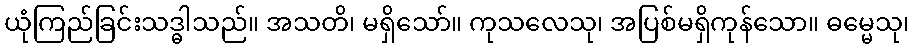
ယုံကြည်ခြင်းသဒ္ဓါသည်။ အသတိ၊ မရှိသော်။ ကုသလေသု၊ အပြစ်မရှိကုန်သော။ ဓမ္မေသု၊